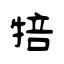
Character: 犃